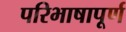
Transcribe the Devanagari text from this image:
परिभाषापूर्ण